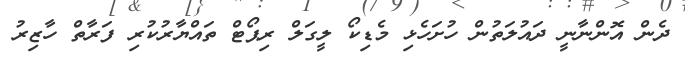
ދެން އޮންނާނީ ދައުލަތުން ހުށަހެޅި މެޑިކޯ ލީގަލް ރިޕޯޓް ތައްޔާރުކުރި ފަރާތް ހާޒިރު